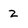
Character: 2